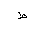
Letter: _da